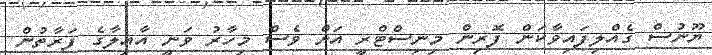
ޔޫނުސް ގެއްލިފައިވާކަން ފޮރިން މިނިސްޓްރީ އަށް ވެސް މިހާރު ވަނީ އާއިލާގެ ފަރާތުން